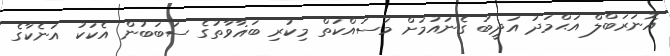
އޮނަރަބްލް އަޙްމަދު އަދީބު ގެނައުމަށް މަސައްކަތް މިކުރި ބަޣާވާތުގެ ސަބަބުން އެކަކު އަނެކާގެ